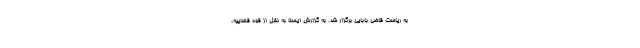
به ریاست قاضی بابایی برگزار شد. به گزارش ایسنا به نقل از قوه قضاییه،